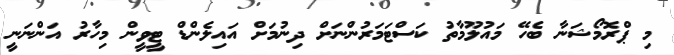
މި ޕްރޮމޯޝަނާ ބެހޭ މައުލޫމާތު ކަސްޓަމަރުންނަށް ދިނުމަށް އައިލެންޑް ޓީވީން މިހާރު އަންނަނީ